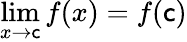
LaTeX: \lim\limits_{x\rightarrow\mathsf{c}}f(x)=f(\mathsf{c})